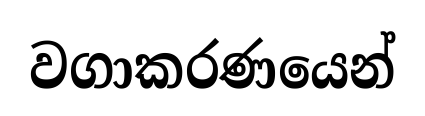
වගාකරණයෙන්